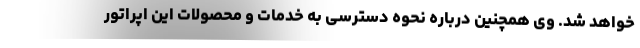
خواهد شد. وی همچنین درباره نحوه دسترسی به خدمات و محصولات این اپراتور